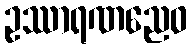
ဥဿာရဏညေဝ